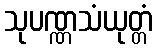
သုပဏ္ဏသံယုတ္တံ